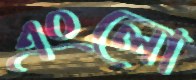
এংলো